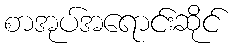
စာအုပ်အရောင်းဆိုင်